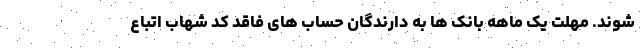
شوند. مهلت یک ماهه بانک ها به دارندگان حساب های فاقد کد شهاب اتباع